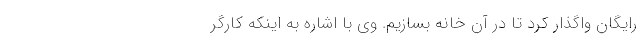
رایگان واگذار کرد تا در آن خانه بسازیم. وی با اشاره به اینکه کارگر